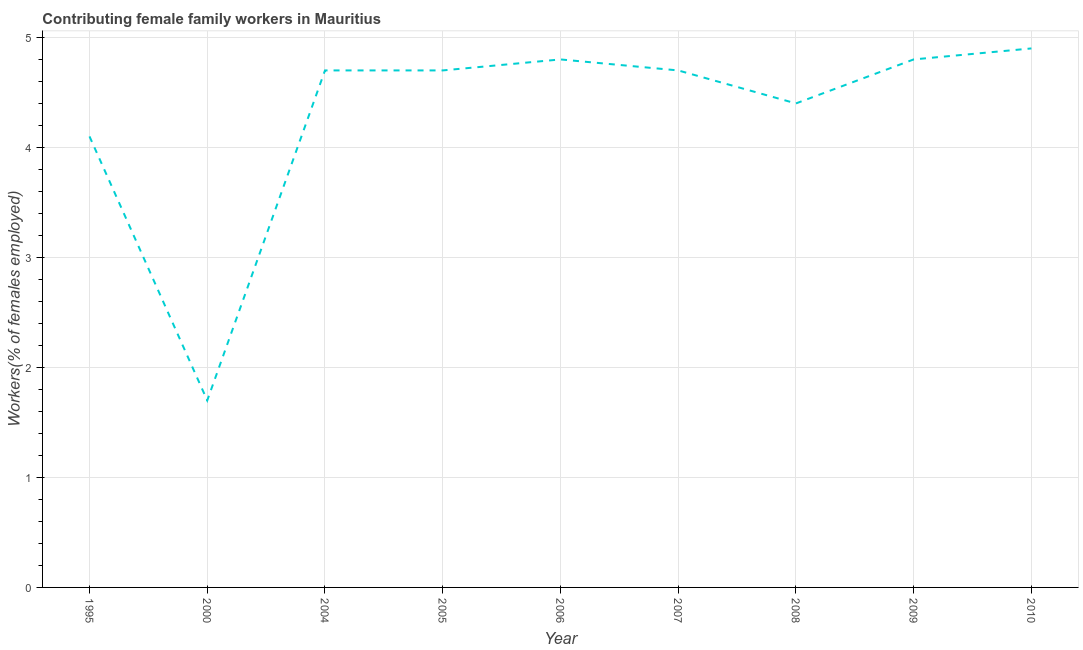
| Year | Contributing family workers |
 | --- | --- |
 | 1995 | 4.1 |
 | 2000 | 1.7 |
 | 2004 | 4.7 |
 | 2005 | 4.7 |
 | 2006 | 4.8 |
 | 2007 | 4.7 |
 | 2008 | 4.4 |
 | 2009 | 4.8 |
 | 2010 | 4.9 |